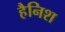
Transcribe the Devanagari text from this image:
हैनिश